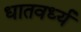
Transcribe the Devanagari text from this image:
धातवर्ध्य